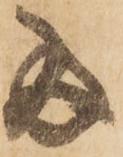
両